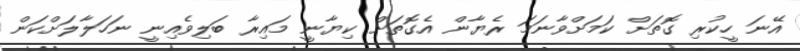
އޭނަ ހީކުރި ގޮތަށް ކަމަށްވާނަމަ ރެޔާން އެގޮތަށް ކިޔާނީ މައިރާ ބަލިވެއިނީ ނަހަލާލަށްކަން